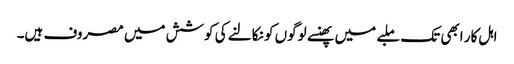
اہل کار ابھی تک ملبے میں پھنسے لوگوں کو نکالنے کی کوشش میں مصروف ہیں۔